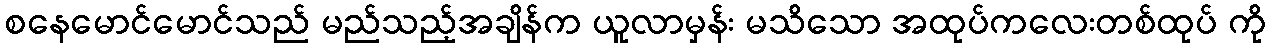
စနေမောင်မောင်သည် မည်သည့်အချိန်က ယူလာမှန်း မသိသော အထုပ်ကလေးတစ်ထုပ် ကို